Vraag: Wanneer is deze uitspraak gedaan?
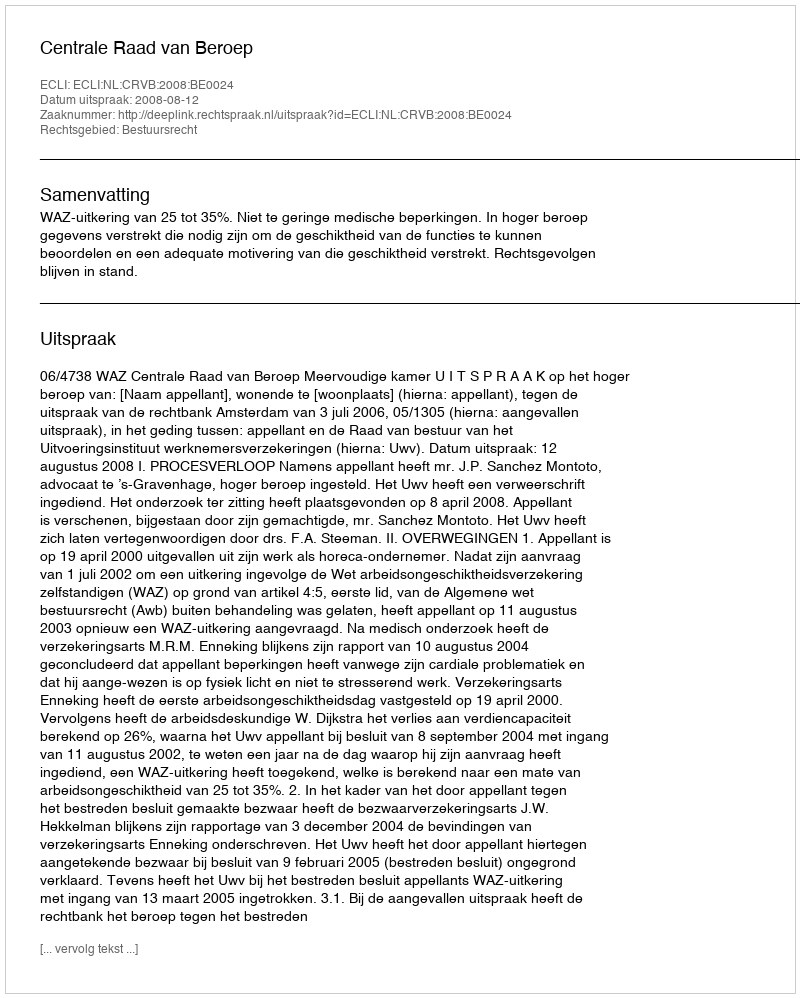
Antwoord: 2008-08-12